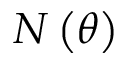
N \left( \theta \right)